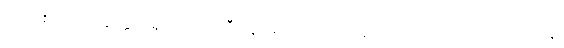
အသစ်သည်။ နတ္ထိ၊ မရှိပါ။ အပ္ပဟီနေ၊ မပယ်အပ်ကုန်သေးသော။ ကိလေသေပန၊